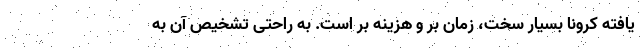
یافته کرونا بسیار سخت، زمان بر و هزینه بر است. به راحتی تشخیص آن به